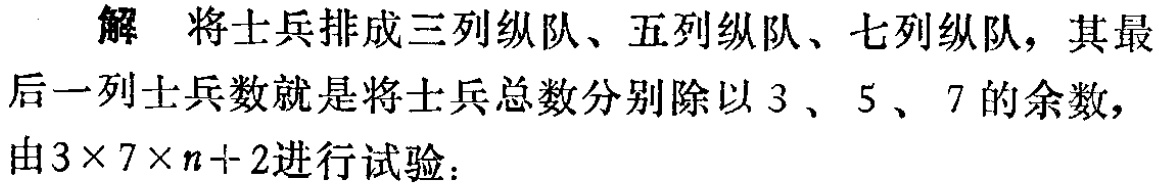
解 将士兵排成三列纵队、五列纵队、七列纵队，其最

后一列士兵数就是将士兵总数分别除以 \(3\)、\(5\)、\(7\) 的余数，

由 \(3\times 7\times n + 2\) 进行试验：